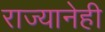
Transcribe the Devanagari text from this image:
राज्यानेही